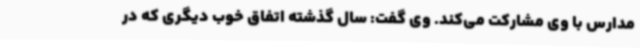
مدارس با وی مشارکت می‌کند. وی گفت: سال گذشته اتفاق خوب دیگری که در